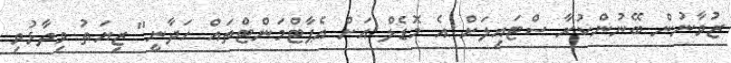
ޒުވާނުން ބޭނުންކުރާ ސްޓައިލަށް އެ މޮޑެލް އަށް އެޕާޓްމަންޓްތައް ހަދާނީ" ޒިޔަތު ވިދާޅުވި